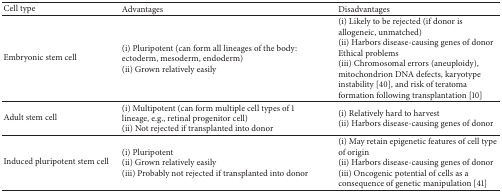
<table><thead><tr><td><b>Cell type</b></td><td><b>Advantages</b></td><td><b>Disadvantages</b></td></tr></thead><tbody><tr><td>Embryonic stem cell</td><td>(i) Pluripotent (can form all lineages of the body: ectoderm, mesoderm, endoderm) (ii) Grown relatively easily</td><td>(i) Likely to be rejected (if donor is allogeneic, unmatched) (ii) Harbors disease-causing genes of donor Ethical problems (iii) Chromosomal errors (aneuploidy), mitochondrion DNA defects, karyotype instability [40], and risk of teratoma formation following transplantation [10]</td></tr><tr><td>Adult stem cell</td><td>(i) Multipotent (can form multiple cell types of 1 lineage, e.g., retinal progenitor cell)(ii) Not rejected if transplanted into donor</td><td>(i) Relatively hard to harvest(ii) Harbors disease-causing genes of donor</td></tr><tr><td>Induced pluripotent stem cell</td><td>(i) Pluripotent (ii) Grown relatively easily (iii) Probably not rejected if transplanted into donor</td><td>(i) May retain epigenetic features of cell type of origin(ii) Harbors disease-causing genes of donor(iii) Oncogenic potential of cells as a consequence of genetic manipulation [41]</td></tr></tbody></table>